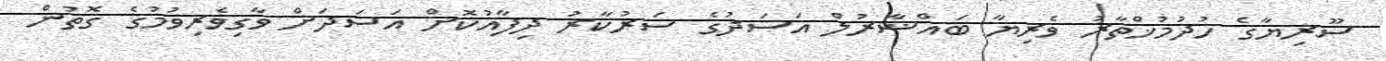
ސޫރިޔާގެ ހުދުމުޚްތާރު ވެރިޔާ ބައްޝާރުލް އަސަދުގެ ސަރުކާރު ދިފާއުކޮށް އަސަދަށް ވާގިވެރިވުމުގެ ގޮތުން